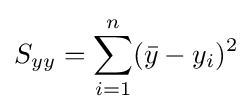
S_{yy}=\sum _{i=1}^{n}({\bar {y}}-y_{i})^{2}